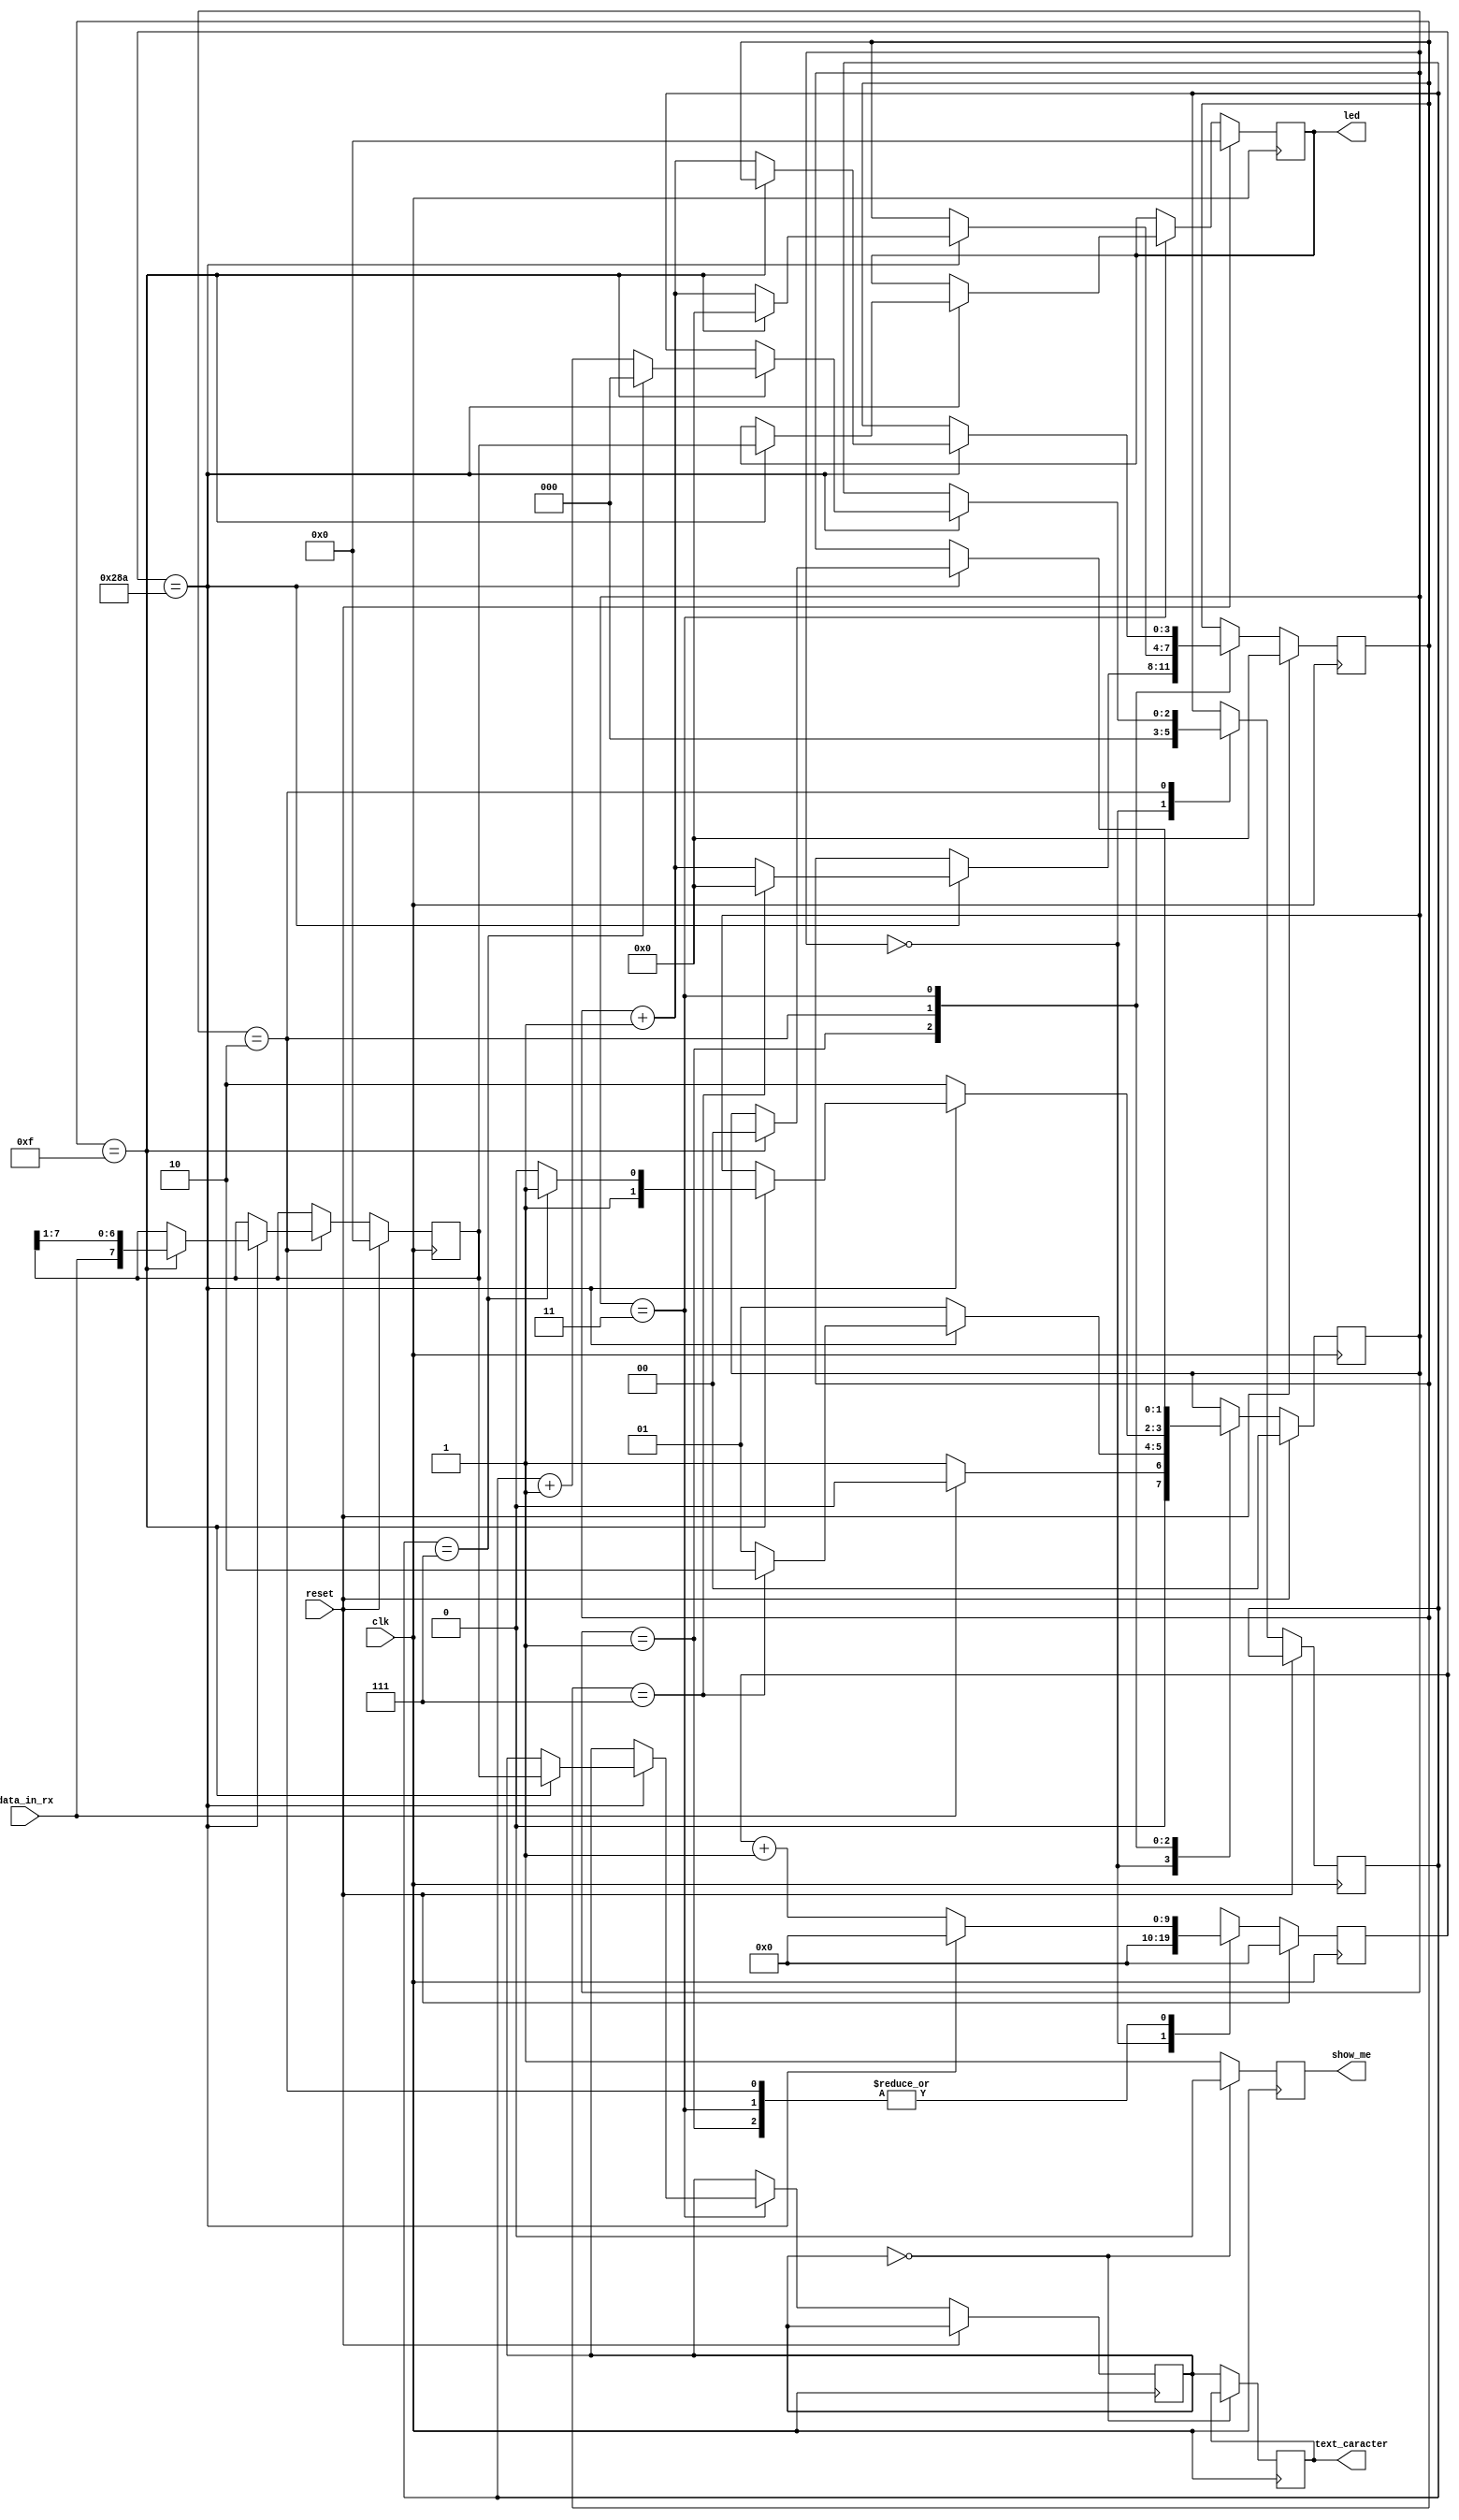
module xfda_reciv(clk,reset,data_in_rx,led,show_me,text_caracter
    );
	input        clk , reset , data_in_rx;
	output       show_me;
	output [7:0] led;
	output [7:0] text_caracter;
	
	parameter [1:0] idle      = 2'b00;
	parameter [1:0] start     = 2'b01;
	parameter [1:0] d_receive = 2'b10;
	parameter [1:0] stop      = 2'b11 ;
	
	reg [1:0] state        = 2'b0;
	reg [9:0] count        = 10'b0;
	reg [3:0] b_gen        = 4'b0;
	reg [7:0] reg_data_rcv = 8'b0;
	reg [2:0] idx          = 3'b0;
	reg [7:0] led_rcvd     = 8'b0;
	reg [7:0] plain_t      = 24'b0; 
	reg [7:0] p_text       = 24'b0;
	reg       show         = 1'b0;
	
	assign led     = led_rcvd;
	assign show_me = show;
	
	assign text_caracter[7:0] = p_text[7:0]; 
	
	always @(posedge clk) begin
		if ( reset ) begin
			state        <= idle;
			count        <= 10'b0;
			b_gen        <= 4'b0;
			reg_data_rcv <= 8'b0;
			led_rcvd     <= 8'b0;
		end else	
			case ( state ) 
			idle : begin
				 count  <= 10'b0;
				 idx    <= 1'b0;
				 if ( ~data_in_rx ) 
					state <= start;
				 else
					state <= idle;
			end
					
			start : begin
					if ( count == 10'b1010001010 ) begin
						count <= 10'b0;
							if ( b_gen == 4'b0111 ) begin
								state <= d_receive;
								b_gen <= 4'b0 ;
							end else begin
								b_gen <= b_gen + 1'b1;	
								state <= start;
									end 
					end else begin 
						count <= count + 1'b1;
						state <= start;
						 end
			end
			
			d_receive : begin
				if ( count == 10'b1010001010 ) begin
					count <= 10'b0;
					if ( b_gen == 4'b1111 ) begin
						b_gen        <= 4'b0;
						reg_data_rcv <= { data_in_rx , reg_data_rcv[7:1] };
						//state <= d_receive ;
						if ( idx == 3'b111 ) begin
							state <= stop;
							count <= 10'b0;
							idx   <= 3'b0;
						end else begin
							idx   <= idx + 1'b1;
							state <= d_receive;end
					end else
						b_gen <= b_gen + 1'b1;
				end else begin
					count <= count + 1'b1;
					state <= d_receive;
						end
			end
			
			stop : begin
				if ( count == 10'b1010001010 ) begin
					count <= 10'b0;
					if ( b_gen == 4'b1111 ) begin
						state        <= idle;
						led_rcvd     <= reg_data_rcv;
						plain_t[7:0] <= reg_data_rcv[7:0];
					end else
						b_gen <= b_gen + 1'b1;
				end else
					count <= count + 1'b1;
			end
			
			default : state <= idle;
		endcase
		
			if ( plain_t[7:0] == 8'b0 )
				show <= 1'b0;
			else begin 
				show        <= 1'b1;
				p_text[7:0] <= plain_t[7:0]; end
	 end

endmodule